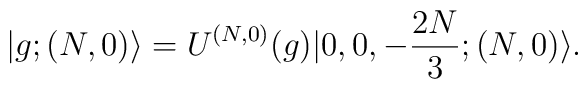
|g;(N,0)\rangle=U^{(N,0)}(g)|0,0,-\frac{2N}{3};(N,0)\rangle.